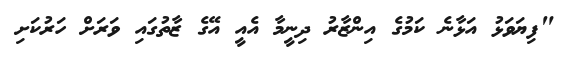
"ފިޔަވަޅު އަޅާނެ ކަމުގެ އިންޒާރު ދިނީމާ އެއީ އޭގެ ޒާތުގައި ވަރަށް ހަރުކަށި